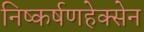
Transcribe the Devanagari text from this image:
निष्कर्षणहेक्सेन